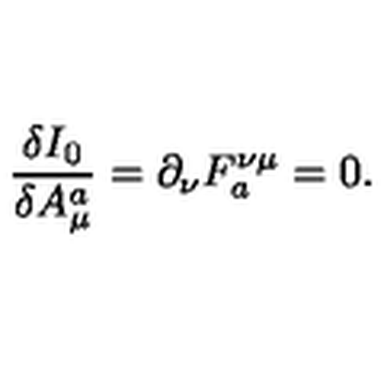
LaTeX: \frac { \delta I _ { 0 } } { \delta A _ { \mu } ^ { a } } = \partial _ { \nu } F _ { a } ^ { \nu \mu } = 0 .